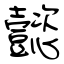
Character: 懿